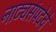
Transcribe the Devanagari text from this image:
नाट्यसंपदेचे